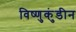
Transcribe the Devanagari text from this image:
विष्णुकुंडीन